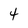
Character: 4